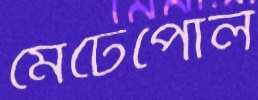
মেটেপোল